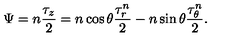
\Psi = n \frac { \tau _ { z } } { 2 } = n \cos \theta \frac { \tau _ { r } ^ { n } } { 2 } - n \sin \theta \frac { \tau _ { \theta } ^ { n } } { 2 } .